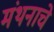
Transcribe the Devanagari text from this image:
मंथनाचे